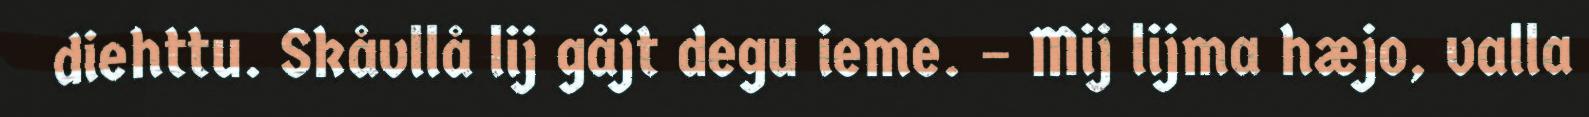
diehttu. Skåvllå lij gåjt degu ieme. – Mij lijma hæjo, valla